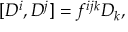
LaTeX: [ D ^ { i } , D ^ { j } ] = f ^ { i j k } D _ { k } ,